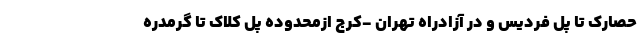
حصارک تا پل فردیس و در آزادراه تهران -کرج‌ ازمحدوده پل کلاک تا گرمدره